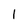
Character: 1